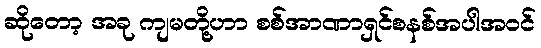
ဆိုတော့ အခု ကျမတို့ဟာ စစ်အာဏာရှင်စနစ်အပါအဝင်